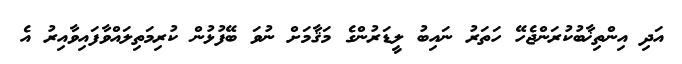
އަދި އިންތިޚާބުކުރަންޖެހޭ ހަތަރު ނައިބު ލީޑަރުންގެ މަޤާމަށް ނުވަ ބޭފުޅުން ކުރިމަތިލައްވާފައިވާއިރު އެ